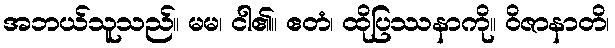
အဘယ်သူသည်။ မမ၊ ငါ၏။ ဧတံ၊ ထိုပြဿနာကို။ ဝိဇာနာတိ၊